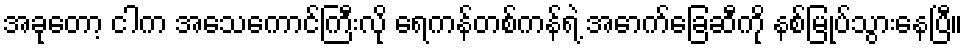
အခုတော့ ငါက အသေကောင်ကြီးလို ရေကန်တစ်ကန်ရဲ့ အောက်ခြေဆီကို နစ်မြုပ်သွားနေပြီ။